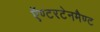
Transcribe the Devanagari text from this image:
ऍण्टरटेनमैण्ट